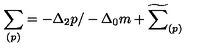
\sum _ { ( p ) } = - \Delta _ { 2 } p / - \Delta _ { 0 } m + \widetilde { \sum } _ { ( p ) }